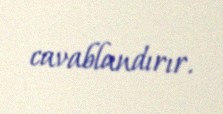
cavablandırır.